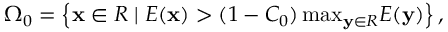
\begin{array} { r } { \Omega _ { 0 } = \left\{ \mathbf x \in R \; \vert \; E ( \mathbf x ) > ( 1 - C _ { 0 } ) \, \mathrm { m a x } _ { \mathbf y \in R } E ( \mathbf y ) \right\} , } \end{array}